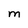
Character: M